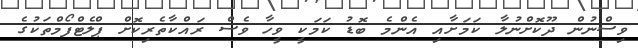
ވިސްނުން ދޫކޮށްނުލާ ކަމަށާއި އެންމެ ބޮޑު ކަމަކީ ވީހާ ވެސް ރައްކާތެރިކޮށް ޕްލެޓްފޯމްތަކުގެ